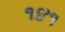
૧૪૧